Document type: Enfranchisement
Year: 1297
Scribe: Jaume de Trilla
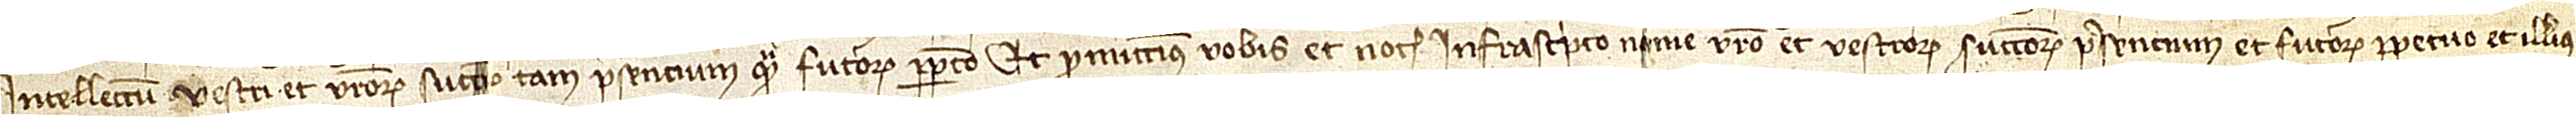
intellectum vestri et vestrorum successorum tam presencium quan futurorum perpetuo. Et promittimus vobis et notario infrascripto nomine vestro et vestrorum successorum presencium et futurorum perpetuo et illius